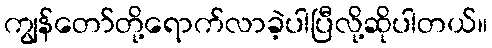
ကျွန်တော်တို့ရောက်လာခဲ့ပါပြီလို့ဆိုပါတယ်။